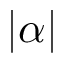
| \alpha |